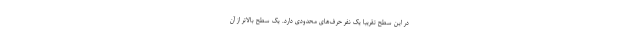
در این سطح تقریباً یک نفر حرف‌های محدودی دارد. یک سطح بالاتر از آن